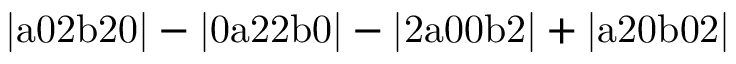
\mathrm { | a 0 2 b 2 0 | - | 0 a 2 2 b 0 | - | 2 a 0 0 b 2 | + | a 2 0 b 0 2 | }